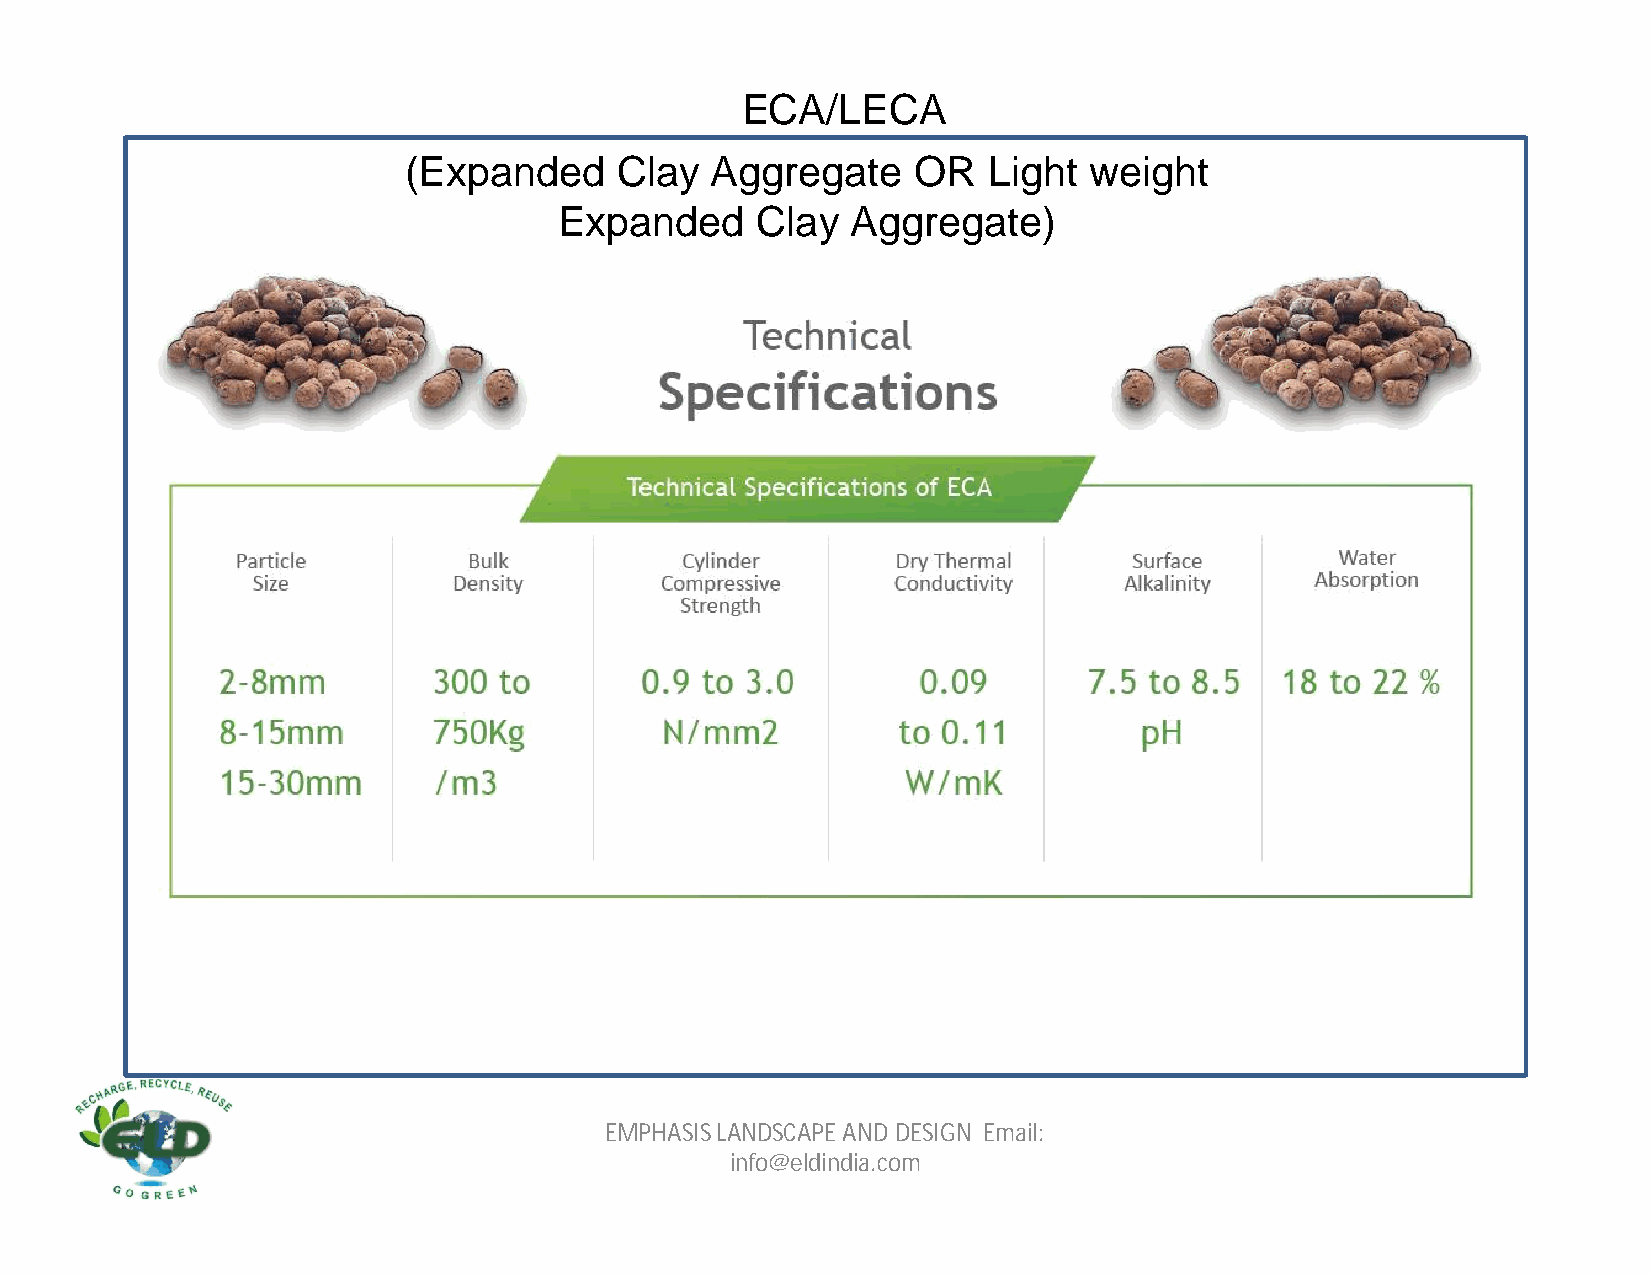
ECA/LECA
 (Expanded     Clay  Aggregate     OR  Light  weight
 Expanded     Clay  Aggregate)
 EMPHASIS LANDSCAPE AND DESIGN Email:
 info@eldindia.com